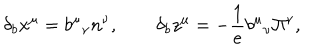
LaTeX: \qquad \delta _ { b } x ^ { \mu } = b ^ { \mu } { } _ { \nu } n ^ { \nu } , \qquad \delta _ { b } z ^ { \mu } = - \frac 1 { e } b ^ { \mu } { } _ { \nu } \Pi ^ { \nu } ,